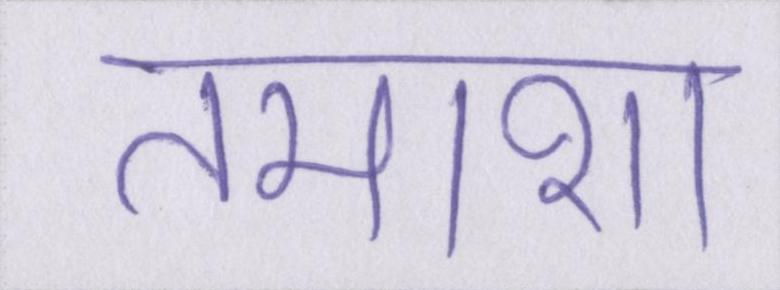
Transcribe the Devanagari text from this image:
तमाशा